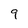
Character: 9